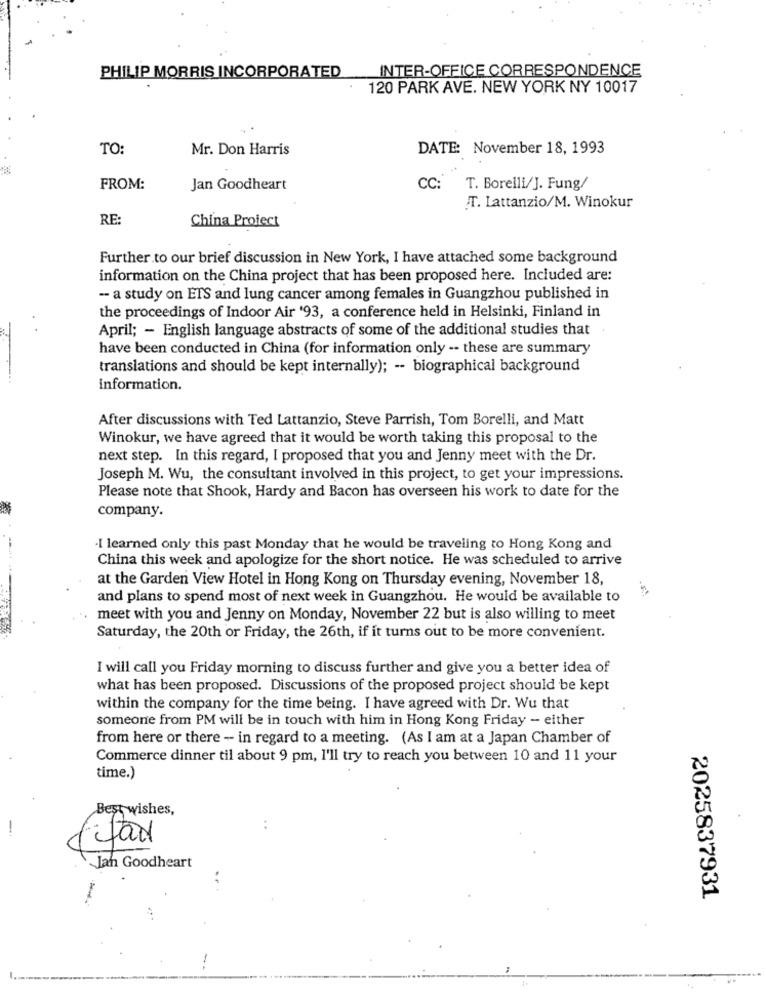
INTER-OFFICE CORRESPONDENCE
PHILIP MORRIS INCORPORATED
120 PARK AVE. NEW YORK NY 10017
TO:
Mr. Don Harris
DATE: November 18, 1993
FROM:
Jan Goodheart
CC: T. Borelli/J. Fung/
T. Lattanzio/M. Winokur
RE:
China Project
Further to our brief discussion in New York, I have attached some background
information on the China project that has been proposed here. Included are:
- a study on ETS and lung cancer among females in Guangzhou published in
the proceedings of Indoor Air '93, a conference held in Helsinki, Finland in
April; - English language abstracts of some of the additional studies that
have been conducted in China (for information only -- these are summary
translations and should be kept internally); -- biographical background
information.
After discussions with Ted Lattanzio, Steve Parrish, Tom Borelli, and Matt
Winokur, we have agreed that it would be worth taking this proposal to the
next step. In this regard, I proposed that you and Jenny meet with the Dr.
Joseph M. Wu, the consultant involved in this project, to get your impressions.
Please note that Shook, Hardy and Bacon has overseen his work to date for the
company.
I learned only this past Monday that he would be traveling to Hong Kong and
China this week and apologize for the short notice. He was scheduled to arrive
at the Garden View Hotel in Hong Kong on Thursday evening, November 18,
and plans to spend most of next week in Guangzhou. He would be available to
meet with you and Jenny on Monday, November 22 but is also willing to meet
Saturday, the 20th or Friday, the 26th, if it turns out to be more convenient.
I will call you Friday morning to discuss further and give you a better idea of
what has been proposed. Discussions of the proposed project should be kept
within the company for the time being. I have agreed with Dr. Wu that
someone from PM will be in touch with him in Hong Kong Friday - either
from here or there - in regard to a meeting. (As I am at a Japan Chamber of
Commerce dinner til about 9 pm, I'll try to reach you between 10 and 11 your
time.)
Best wishes,
Jan Goodheart
2025837931
-